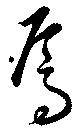
焉